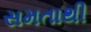
સમતાથી